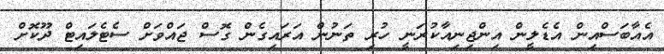
އެއާބަސްއިން އެޑެލީން އިންޖިނިއާކުރަނީ ހުރި ތަނުން އަރައިގެން ގޮސް ޖައްވަށް ސެޓެލައިޓް ދޫކޮށް